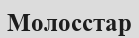
Молосстар